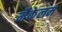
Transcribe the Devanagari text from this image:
मैकेलम